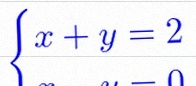
\begin{cases}x+y=2\\x-y=0\end{cases}